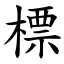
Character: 標